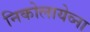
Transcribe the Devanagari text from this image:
निकोलायेव्ना